Civil Veterinary Department Bihar & Orissa reports 1929-36 - 1929-1936
Year: 1929
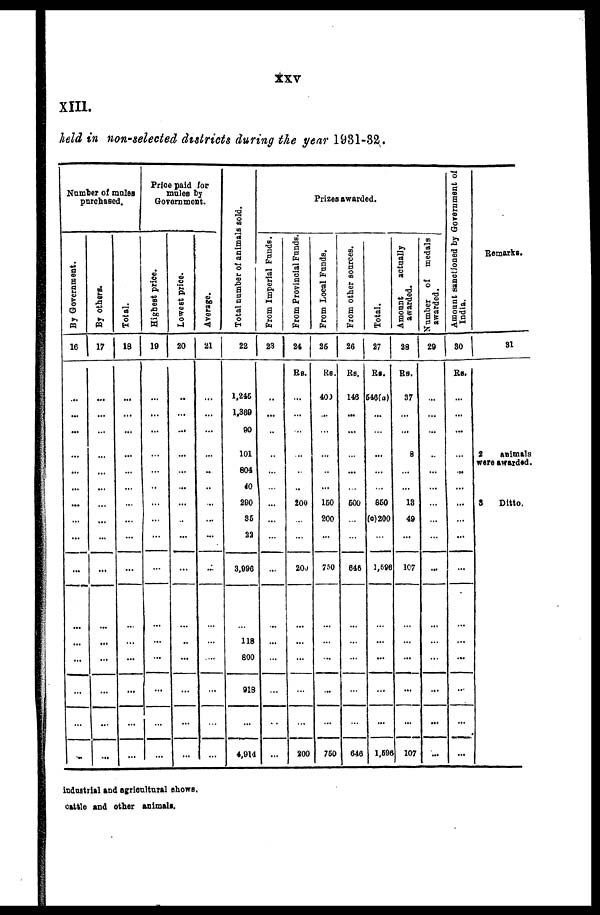
xxv
XIII.
held in non-selected districts during the year 1931-32.
Number of mules
purchased.
By Government.
16
...
...
...
...
...
...
...
...
...
...
...
...
...
...
By others.
17
...
...
...
...
...
...
...
...
...
...
...
...
...
...
Total.
18
...
...
...
...
...
...
...
...
...
...
...
...
...
...
...
Price paid for
mules by
Government.
Highest price.
19
...
...
...
...
...
..
...
...
...
...
...
...
...
...
Lowe s t price.
20
..
...
...
...
...
...
...
...
...
...
...
...
...
...
...
Aver age.
21
...
...
...
...
..
..
...
...
...
...
...
...
...
...
...
Total numberof animals sold.
22
1,245
1,369
90
101
804
40
200
36
22
3,996
118
800
918
...
4,914
Prizes awarded.
From Imperial Funds.
23
...
...
...
...
...
...
...
...
...
...
...
...
...
...
...
From Provincial Funds.
24
Rs.
...
...
...
...
...
200
...
...
20j
...
...
...
...
200
From Local Funds.
25
Rs.
400
...
...
...
...
...
160
200
...
750
...
...
...
...
760
From other sources.
26
Rs.
146
...
...
...
...
...
600
...
646
...
...
...
...
646
Total.
27
Rs.
646(a)
...
...
...
...
...
660
(c)200
...
1,596
...
...
...
...
1,696
Amount
actually
awarded.
28
Rs.
37
...
...
8
...
...
13
49
...
107
...
...
...
...
107
Number of medals
awarded.
29
...
...
...
..
...
...
...
...
...
...
...
...
...
...
...
Amount sanctioned by Gove
India.
30
Rs.
...
...
...
...
...
...
...
...
...
...
...
...
...
...
...
Remarks.
31
2
animals
were awarded.
3
Ditto.
industrial and agricultural shows.
cattle and other animals.